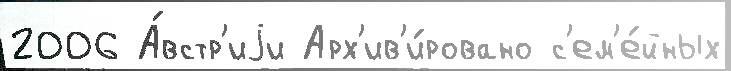
2006 А́встр'иjи Арх'ив'и́ровано с'ем'е́йных